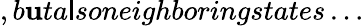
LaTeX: ,b\mathbf{u}ta\mathsf{l}soneighboringstates\ldots